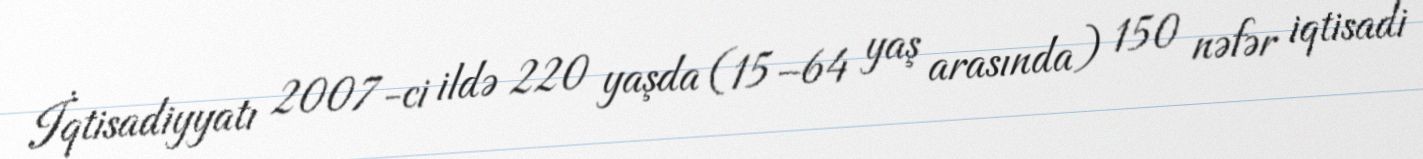
İqtisadiyyatı 2007-ci ildə 220 yaşda (15–64 yaş arasında) 150 nəfər iqtisadi